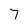
Character: 7